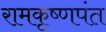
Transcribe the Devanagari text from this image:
रामकृष्णपंत